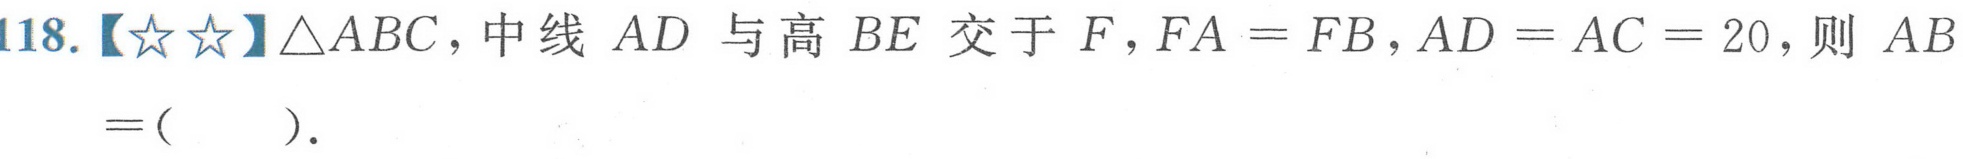
118.【★★】\(\triangle ABC\)，中线\(AD\)与高\(BE\)交于\(F\)，\(FA = FB\)，\(AD = AC = 20\)，则\(AB=(\ \ \ \ \ )\).